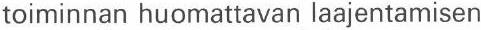
toiminnan huomattavan laajentamisen